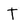
Character: T